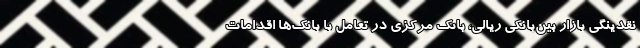
نقدینگی بازار بین‌بانکی ریالی، بانک مرکزی در تعامل با بانک‌ها اقدامات